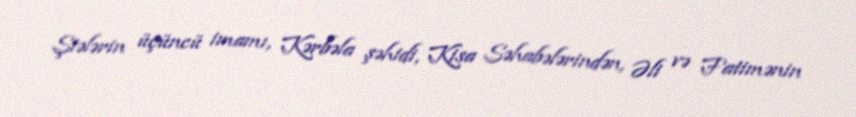
Şiələrin üçüncü imamı, Kərbəla şəhidi, Kisa Səhabələrindən, Əli və Fatimənin